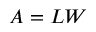
A = L W